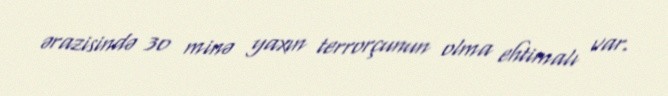
ərazisində 30 minə yaxın terrorçunun olma ehtimalı var.